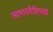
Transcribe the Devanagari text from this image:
स्वभाववैशिष्ठ्ये